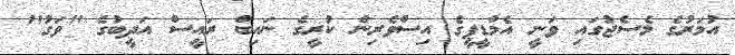
އުމަރުގެ މެސެޖުގައި ވަނީ އެމްޑީޕީގެ އިސްވެރިން ކުރީގެ ނައިބް ރައީސް އަދީބުގެ "ވަގު"